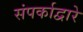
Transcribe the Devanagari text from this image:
संपर्काद्वारे